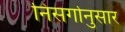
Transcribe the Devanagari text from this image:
निसर्गानुसार